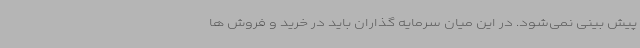
پیش بینی نمی‌شود. در این میان سرمایه گذاران باید در خرید و فروش ها